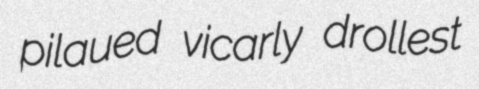
pilaued vicarly drollest